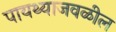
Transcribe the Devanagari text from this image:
पायथ्याजवळील